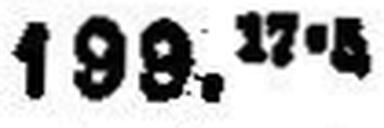
199.17.4